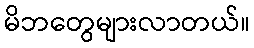
မိဘတွေများလာတယ်။